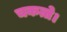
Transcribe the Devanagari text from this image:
चकत्ते।